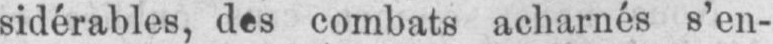
sidérables, des combats acharnés s’en-